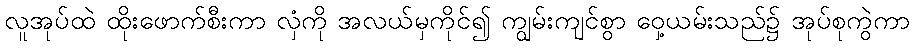
လူအုပ်ထဲ ထိုးဖောက်စီးကာ လှံကို အလယ်မှကိုင်၍ ကျွမ်းကျင်စွာ ဝှေ့ယမ်းသည်၌ အုပ်စုကွဲကာ